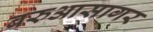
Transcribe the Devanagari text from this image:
बरुआसागर